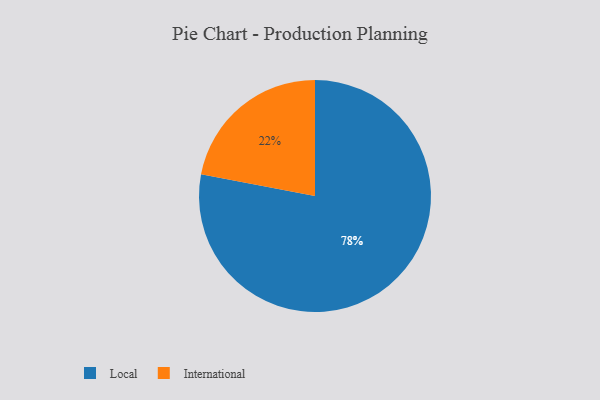
{"axis": {"x": "Category", "y": "Percentage"}, "legend": ["International", "Local"], "data": [{"x": "International", "y": 22, "type": "International"}, {"x": "Local", "y": 78, "type": "Local"}]}